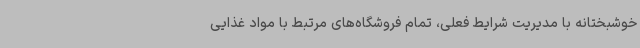
خوشبختانه با مدیریت شرایط فعلی، تمام فروشگاه‌های مرتبط با مواد غذایی